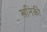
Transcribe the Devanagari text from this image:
खनिकी